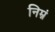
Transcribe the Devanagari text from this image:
निम्नं